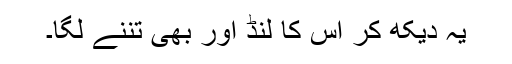
یہ دیکھ کر اس کا لنڈ اور بھی تننے لگا۔